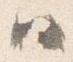
ハ